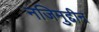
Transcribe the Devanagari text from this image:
नजिमुद्दीन